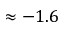
\approx - 1 . 6